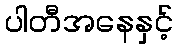
ပါတီအနေနှင့်